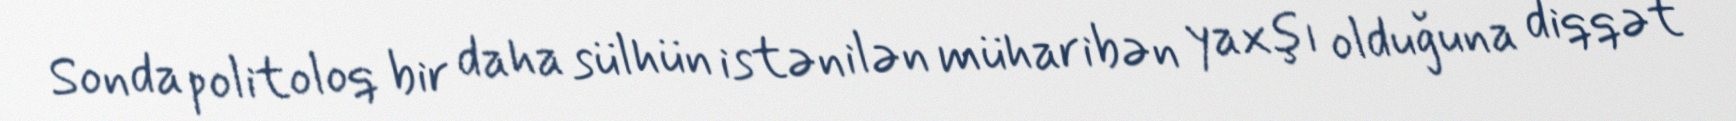
Sonda politoloq bir daha sülhün istənilən müharibən yaxşı olduğuna diqqət